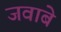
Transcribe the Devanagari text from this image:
जवाबे